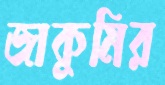
জাকুমির